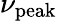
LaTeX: \nu_{\mathrm{peak}}